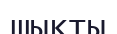
шықты